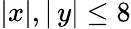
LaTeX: |x|,|\, y|\leq 8